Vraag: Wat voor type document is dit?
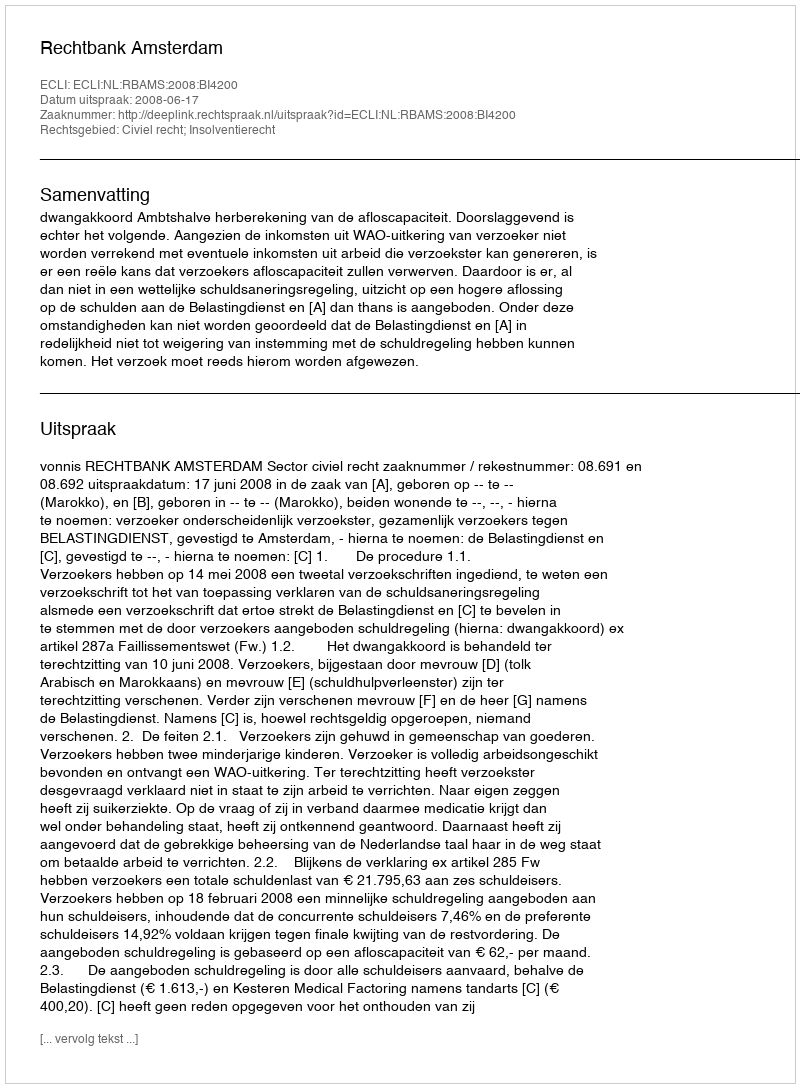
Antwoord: Uitspraak